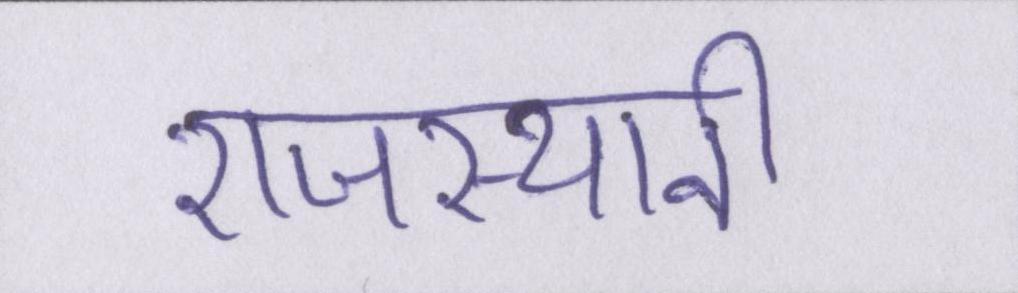
राजस्थानी